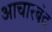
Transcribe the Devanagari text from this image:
आचारबंद